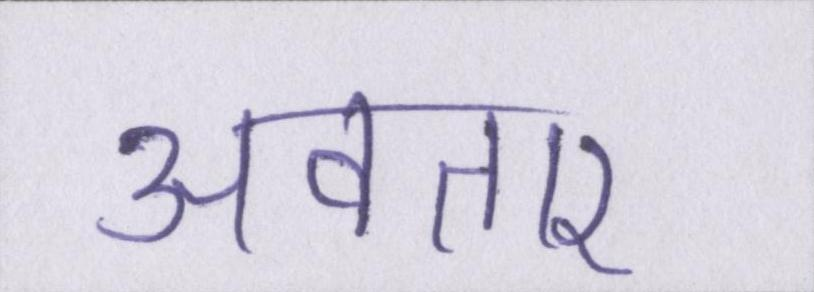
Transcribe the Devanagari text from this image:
अवतार